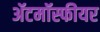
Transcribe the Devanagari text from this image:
ॲटमॉस्फीयर